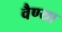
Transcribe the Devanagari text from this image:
वैण्या